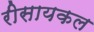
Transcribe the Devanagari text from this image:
रीसायकल